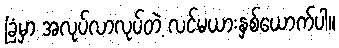
ခြံမှာ အလုပ်လာလုပ်တဲ့ လင်မယားနှစ်ယောက်ပါ။